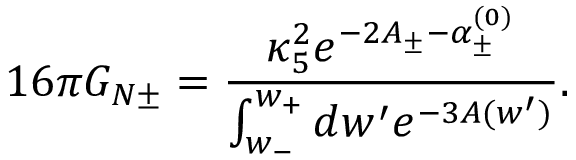
1 6 \pi G _ { N \pm } = \frac { \kappa _ { 5 } ^ { 2 } e ^ { - 2 A _ { \pm } - \alpha _ { \pm } ^ { ( 0 ) } } } { \int _ { w _ { - } } ^ { w _ { + } } d w ^ { \prime } e ^ { - 3 A ( w ^ { \prime } ) } } .